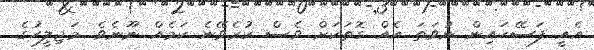
އެއީ ފަސޭހައިން ނުވަތަ އެއް ގޮތަކަށް ވެސް ކުރެވޭނެ ކަމެއް ނޫނެވެ. މަޖިލީހުގެ